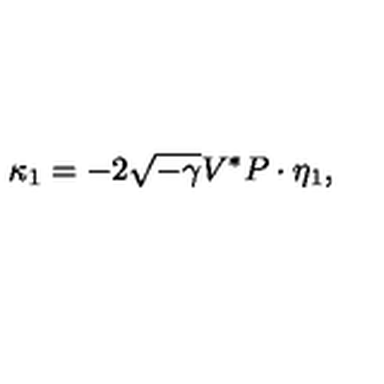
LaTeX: \kappa _ { 1 } = - 2 \sqrt { - \gamma } V ^ { * } P \cdot \eta _ { 1 } ,